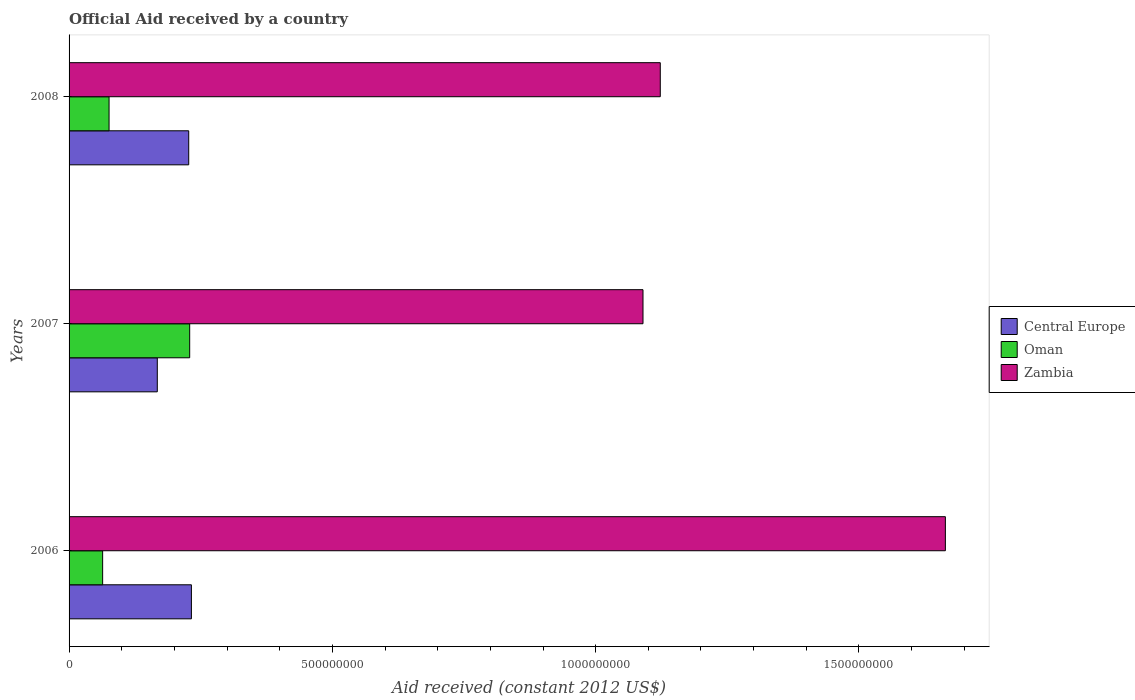
| Years | Central Europe | Oman | Zambia |
 | --- | --- | --- | --- |
 | 2006 | 2.32e+08 | 6.37e+07 | 1.66e+09 |
 | 2007 | 1.68e+08 | 2.29e+08 | 1.09e+09 |
 | 2008 | 2.27e+08 | 7.6e+07 | 1.12e+09 |